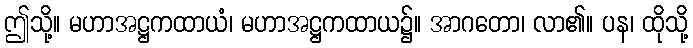
ဤသို့။ မဟာအဋ္ဌကထာယံ၊ မဟာအဋ္ဌကထာယ၌။ အာဂတော၊ လာ၏။ ပန၊ ထိုသို့